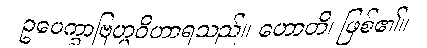
ဥပေက္ခာဗြဟ္မဝိဟာရသည်။ ဟောတိ၊ ဖြစ်၏။